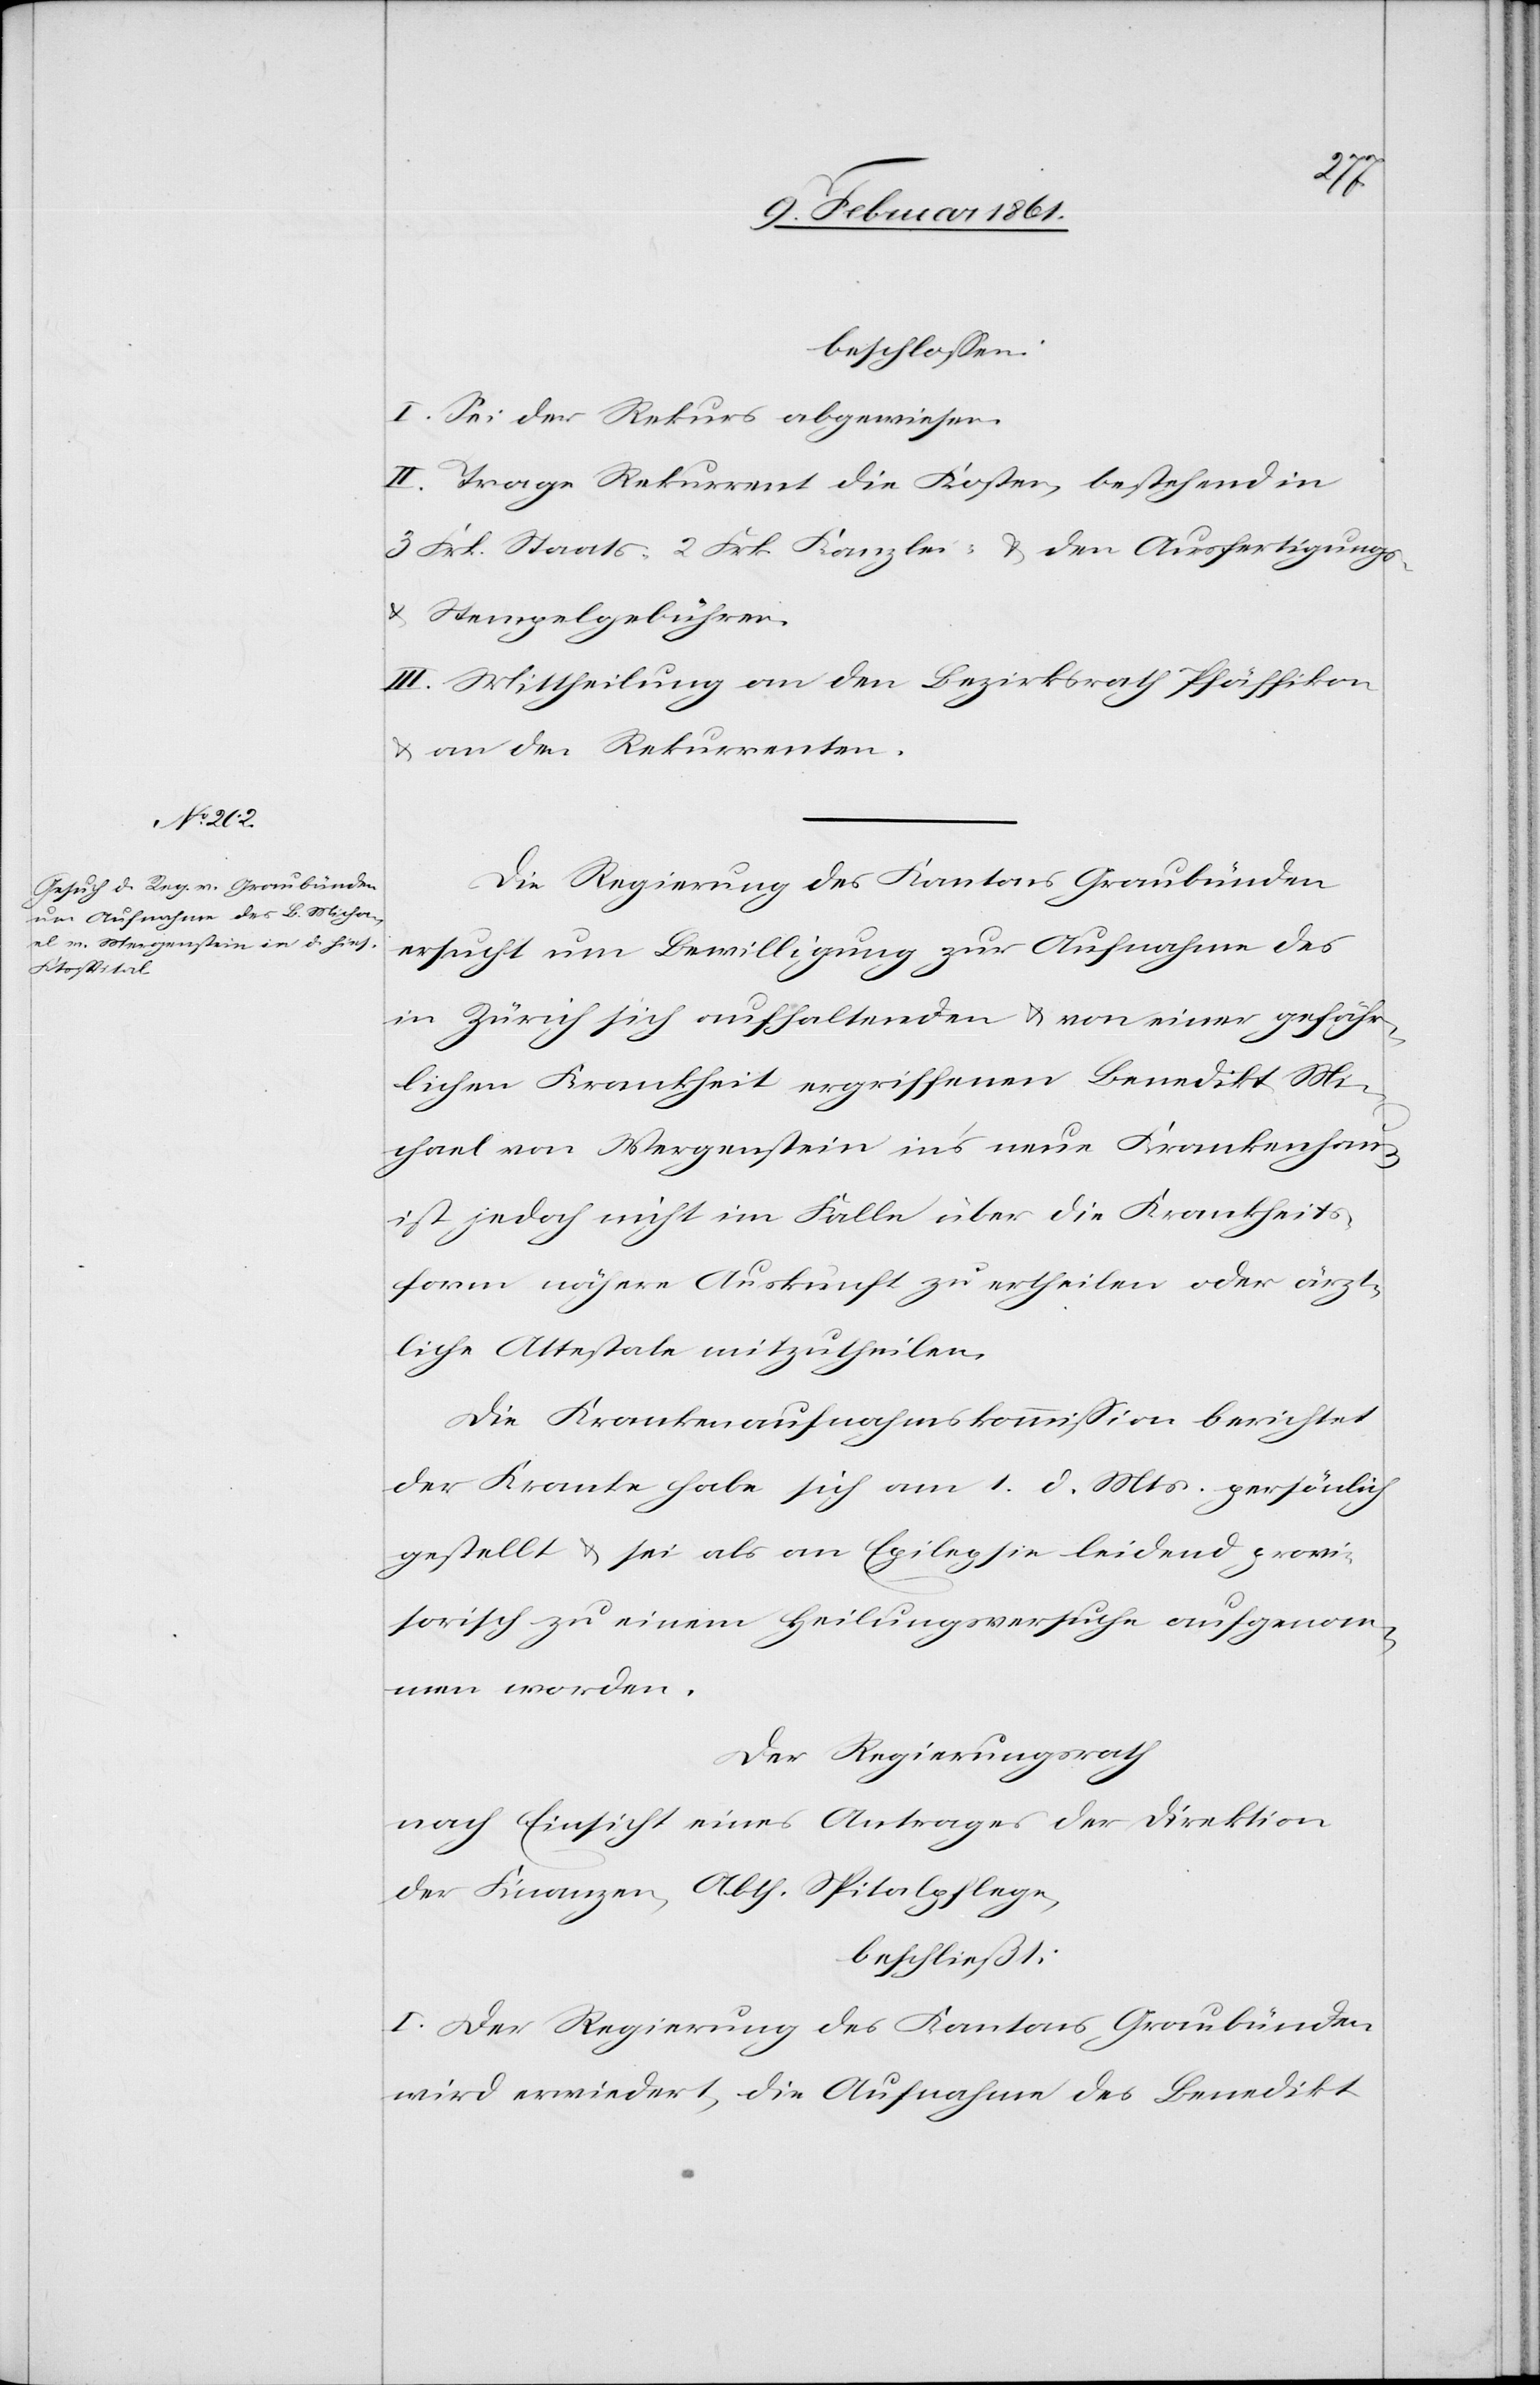
beschlossen:
I. Sei der Rekurs abgewiesen.
II. Trage Rekurrent die Kosten, bestehend in
3 Frk. Staats-[,] 2 Frk. Kanzlei- u. den Ausfertigungs-
u. Stempelgebühren.
III. Mittheilung an den Bezirksrath Pfäffikon
u. an den Rekurrenten.
Die Regierung des Kantons Graubünden
ersucht um Bewilligung zur Aufnahme des
in Zürich sich aufhaltenden u. von einer gefähr¬
lichen Krankheit ergriffenen Benedikt Mi¬
chael von Wergenstein in’s neue Krankenhaus
ist jedoch nicht im Falle über die Krankheits¬
form nähere Auskunft zu ertheilen oder ärzt¬
liche Attestate mitzutheilen.
Die Krankenaufnahmskommission berichtet
der Kranke habe sich am 1. d. Mts. persönlich
gestellt u. sei als an Epilepsie leidend provi¬
sorisch zu einem Heilungsversuche aufgenom¬
men worden.
Der Regierungsrath
nach Einsicht eines Antrages der Direktion
der Finanzen, Abth. Spitalpflege,
beschließt:
I. Der Regierung des Kantons Graubünden
wird erwiedert, die Aufnahme des Benedikt